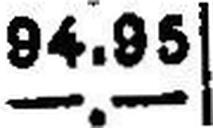
—.—